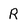
Character: R